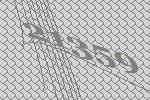
21359